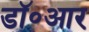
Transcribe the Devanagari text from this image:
डॉ॰आर